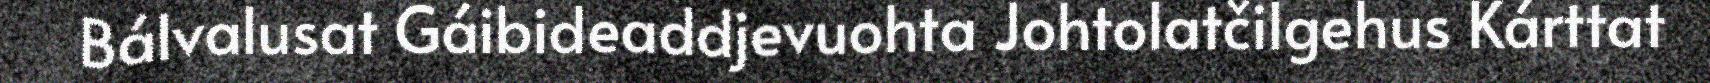
Bálvalusat Gáibideaddjevuohta Johtolatčilgehus Kárttat